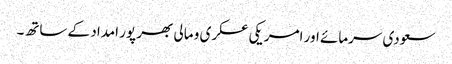
سعودی سرمائے اور امریکی عسکری و مالی بھر پور امداد کے ساتھ۔